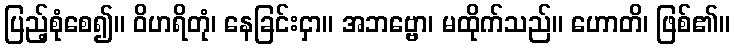
ပြည့်စုံစေ၍။ ဝိဟရိတုံ၊ နေခြင်းငှာ။ အဘဗ္ဗော၊ မထိုက်သည်။ ဟောတိ၊ ဖြစ်၏။